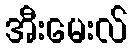
အီးမေးလ်